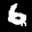
Label: 6